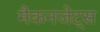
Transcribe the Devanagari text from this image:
मैकनजेट्स